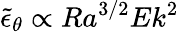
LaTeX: \widetilde\epsilon_{\theta}\propto Ra^{3/2}Ek^{2}